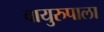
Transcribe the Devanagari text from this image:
वायुरुपाला